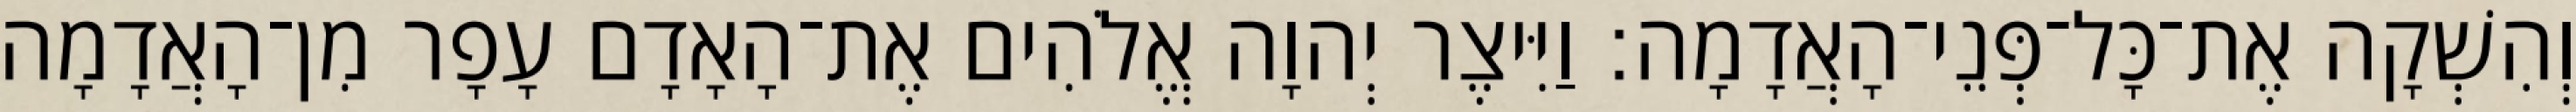
וְהִשְׁקָה אֶת־כָּל־פְּנֵי־הָאֲדָמָה׃ וַיִּיצֶר יְהוָה אֱלֹהִים אֶת־הָאָדָם עָפָר מִן־הָאֲדָמָה